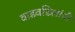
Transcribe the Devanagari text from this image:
वाडवडिलांची